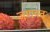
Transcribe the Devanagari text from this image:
जणवत